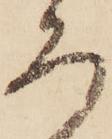
ろ